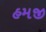
હમજી